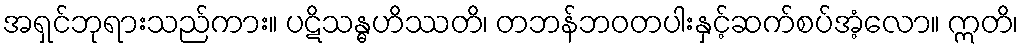
အရှင်ဘုရားသည်ကား။ ပဋိသန္ဓဟိဿတိ၊ တဘန်ဘဝတပါးနှင့်ဆက်စပ်အံ့လော။ ဣတိ၊